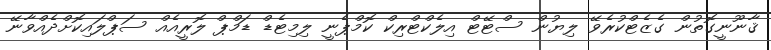
ޤާނޫނީގޮތުން ގެޒެޓްކުރެވޭ ލިޔުން ސްޓޭޓް އިލެކްޓްރިކް ކޮމްޕެނީ ލިމިޓެޑް ޑަމްޕް ލޮރީއެއް ސަޕްލައިކޮށްދެއްވާނޭ